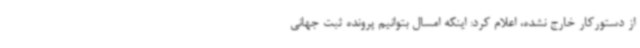
از دستورکار خارج نشده، اعلام کرد: اینکه امسال بتوانیم پرونده ثبت جهانی